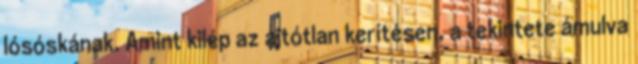
lósóskának. Amint kilép az ajtótlan kerítésen, a tekintete ámulva